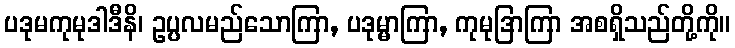
ပဒုမကုမုဒါဒီနိ၊ ဥပ္ပလမည်သောကြာ, ပဒုမ္မာကြာ, ကုမုဒြာကြာ အစရှိသည်တို့ကို။